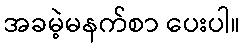
အခမဲ့မနက်စာ ပေးပါ။